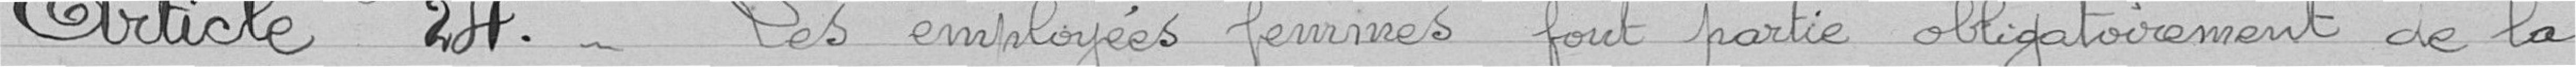
Article 24. Les employées femmes font partie obligatoirement de la